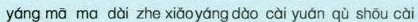
yáng mā ma dài zhe xiǎoyáng dào cài yuán qù shōu cài